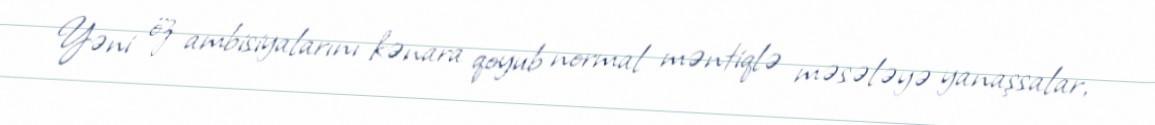
Yəni öz ambisiyalarını kənara qoyub normal məntiqlə məsələyə yanaşsalar,